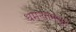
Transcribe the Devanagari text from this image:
धमन्यामधून